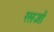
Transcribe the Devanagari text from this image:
रसज्ञों